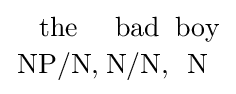
{{\text{the}} \atop {\text{NP/N,}}}{{\text{bad}} \atop {\text{N/N,}}}{{\text{boy}} \atop {\text{N}}}